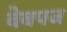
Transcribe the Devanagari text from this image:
वेबपज